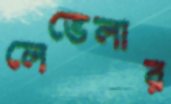
লেভেলার